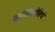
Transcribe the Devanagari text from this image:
व्हासिलियेविच